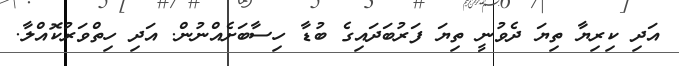
އަދި ކިރިޔާ ތިޔަ ދެވުނީ ތިޔަ ފަރުބަދައިގެ ބުޑާ ހިސާބަށެއްނުން. އަދި ހިތްވަރުކޮއްލާ.